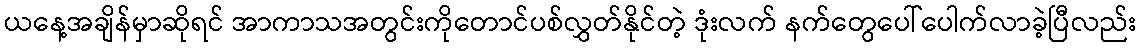
ယနေ့အချိန်မှာဆိုရင် အာကာသအတွင်းကိုတောင်ပစ်လွှတ်နိုင်တဲ့ ဒုံးလက် နက်တွေပေါ်ပေါက်လာခဲ့ပြီလည်း